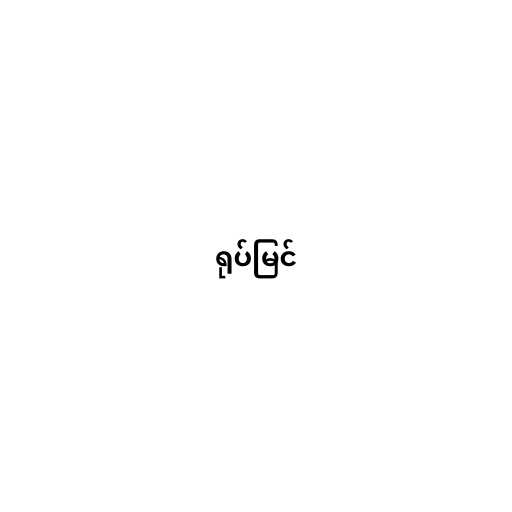
ရုပ်မြင်